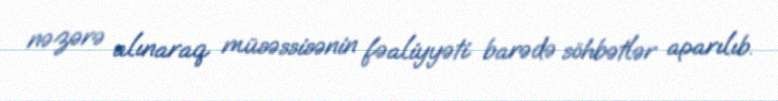
nəzərə alınaraq müsəssisənin fəaliyyəti barədə söhbətlər aparılıb.